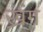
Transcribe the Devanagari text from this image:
ख्रंग